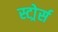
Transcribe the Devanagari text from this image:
स्टोर्र्स